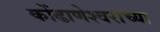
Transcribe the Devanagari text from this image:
कोंढाणेश्वराच्या